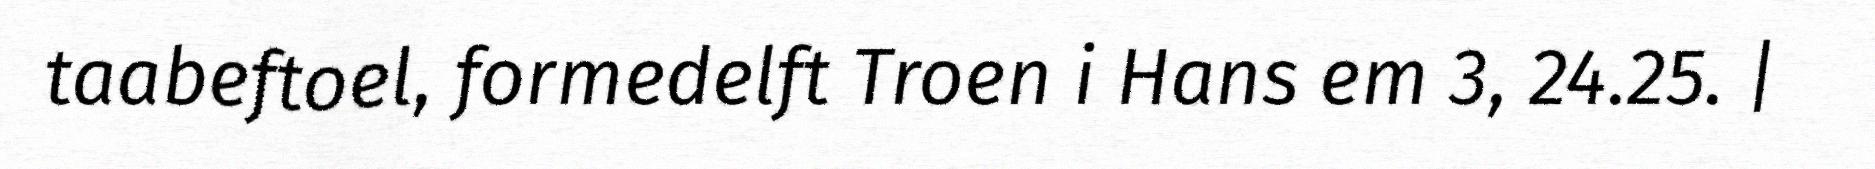
taabeftoel, formedelft Troen i Hans em 3, 24.25. |